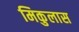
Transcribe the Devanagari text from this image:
मिकुलास